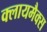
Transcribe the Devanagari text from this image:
क्लायमैक्स